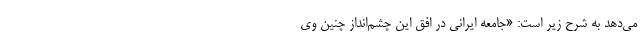
می‌دهد به شرح زیر است: «جامعه ایرانی در افق این چشم‌انداز چنین وی